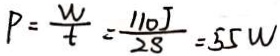
P = \frac { w } { t } = \frac { 1 1 0 J } { 2 8 } = 5 5 w